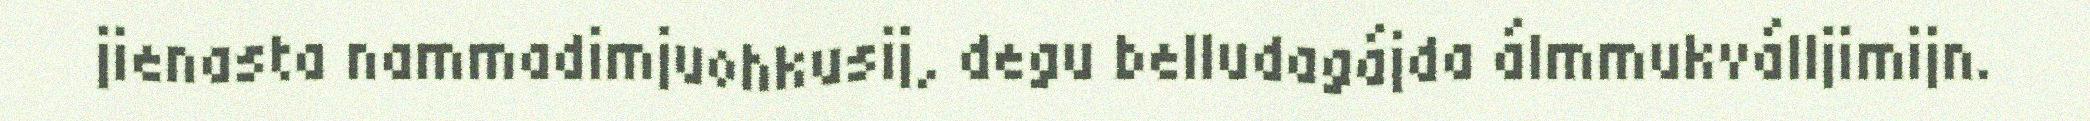
jienasta nammadimjuohkusij, degu belludagájda álmmukválljimijn.